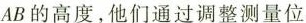
AB的高度，他们通过调整测量位